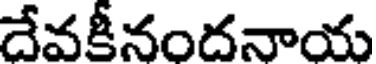
దేవకీనందనాయ